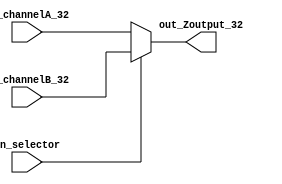
/******************************************************************
* Description
*		This is a very simple multiplexor 2 to 1
*      with 32bit buses
* Version:
*	1.0
* Author:
*	Daro Arias Muoz
* email:
*	darioaam@gmail.com
* Date:
*	12/03/2020
******************************************************************/
module mux_2To1_32
(
	input  [31:0] in_channelA_32,
	input  [31:0] in_channelB_32,
	input       in_selector,
	
	output [31:0] out_Zoutput_32
);


	assign out_Zoutput_32 = (in_selector) ? in_channelB_32 : in_channelA_32;

endmodule
//andgate//